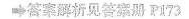
6._7._8._9._10.